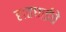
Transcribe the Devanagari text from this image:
हातघाईचे